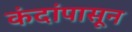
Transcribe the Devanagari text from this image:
कंदांपासून